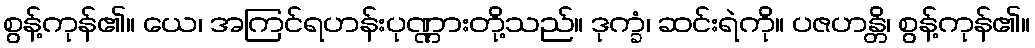
စွန့်ကုန်၏။ ယေ၊ အကြင်ရဟန်းပုဏ္ဏားတို့သည်။ ဒုက္ခံ၊ ဆင်းရဲကို။ ပဇဟန္တိ၊ စွန့်ကုန်၏။